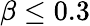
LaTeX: \beta\leq 0.3